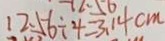
1 2 . 5 6 \div 4 = 3 . 1 4 c m